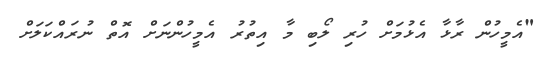
"އެމީހުން ރާޅާ އެޅުމަށް ހުރި ލޯބި މާ އިތުރު އެމީހުންނަށް އޮތް ނުރައްކަލަށް